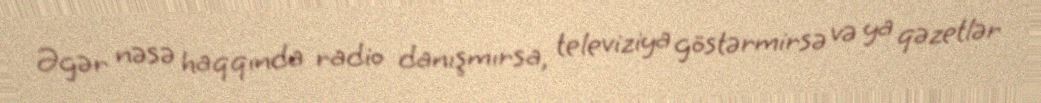
Əgər nəsə haqqında radio danışmırsa, televiziya göstərmirsə və ya qəzetlər